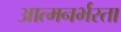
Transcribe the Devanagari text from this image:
आत्मनर्भरता